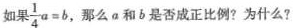
如果 $$\frac { 1 }{ 4 } a = b$$ 那么a和b是否成正比例?为什么?